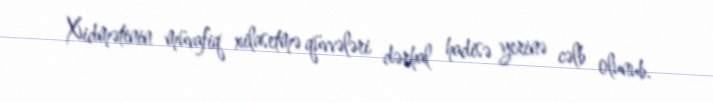
Xidmətinin müvafiq xilasetmə qüvvələri dərhal hadisə yerinə cəlb olunub.